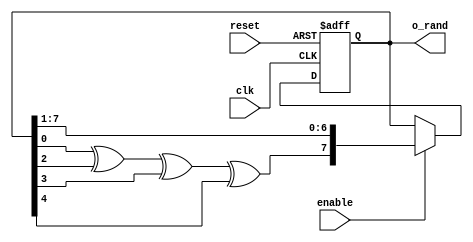
`timescale 1ns/1ps

module rand_num_gen 
    #(parameter N = 8)(

    input clk, reset, enable,
    output [N-1:0] o_rand

    );

    reg [N-1 : 0] i_rand, i_rand_next;
    wire shift_in;

    always @ (posedge clk or posedge reset)
    begin
        
        if(reset)
        begin
            i_rand <= 'd1;
        end
        else if (enable)
        begin
            i_rand <= i_rand_next;
        end
        else // keeps the same value if enable is off
        begin
            i_rand <= o_rand;
        end

    end

    always @(*)
    begin
        i_rand_next = {shift_in, o_rand[N-1:1]};
    end

    assign o_rand = i_rand;
    assign shift_in = o_rand[0] ^ o_rand[2] ^ o_rand[3] ^ o_rand[4];


endmodule